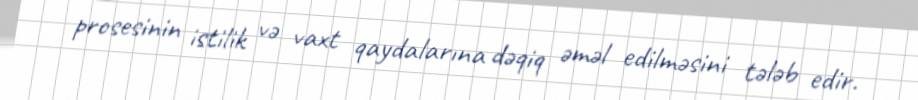
prosesinin istilik və vaxt qaydalarına dəqiq əməl edilməsini tələb edir.